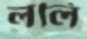
ললি